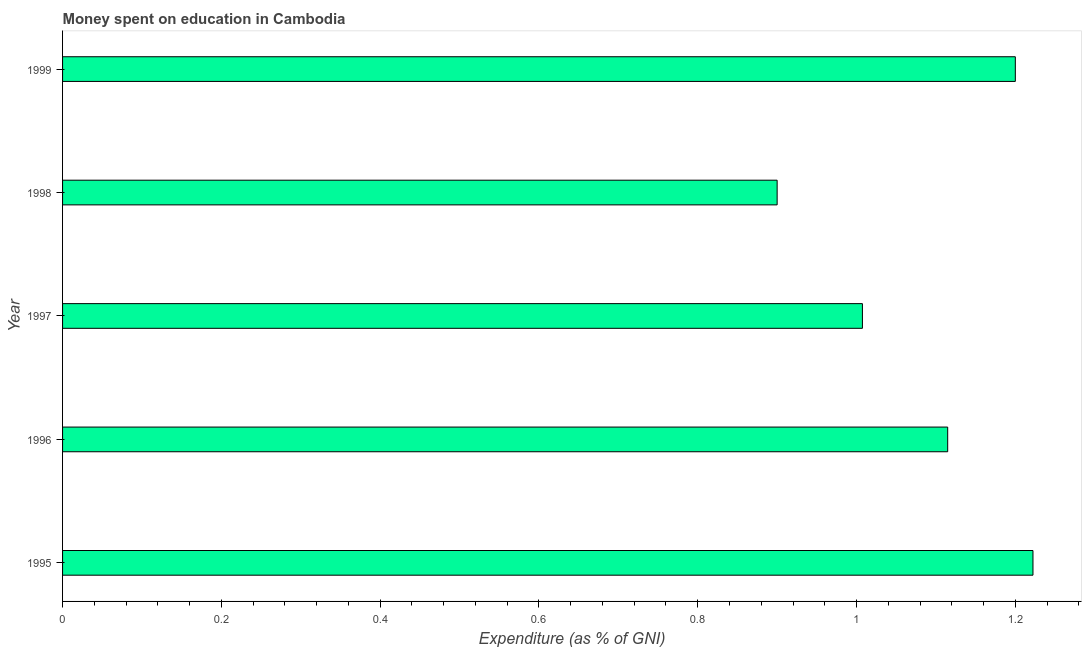
| Year | Education expenditure |
 | --- | --- |
 | 1995 | 1.22 |
 | 1996 | 1.11 |
 | 1997 | 1.01 |
 | 1998 | 0.9 |
 | 1999 | 1.2 |